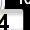
Digit: 4